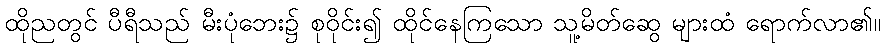
ထိုညတွင် ပီရီသည် မီးပုံဘေး၌ စုဝိုင်း၍ ထိုင်နေကြသော သူ့မိတ်ဆွေ များထံ ရောက်လာ၏။